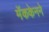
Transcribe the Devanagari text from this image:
मॅककेनने